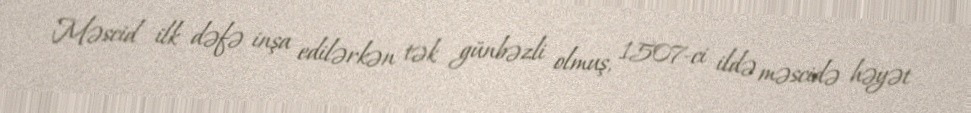
Məscid ilk dəfə inşa edilərkən tək günbəzli olmuş, 1507-ci ildə məscidə həyət